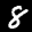
Label: 8